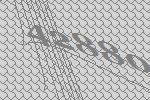
42880